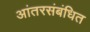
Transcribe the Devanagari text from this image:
आंतरसंबंधित